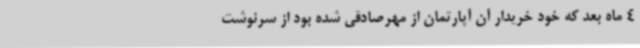
4 ماه بعد که خود خریدار آن آپارتمان از مهرصادقی شده بود از سرنوشت